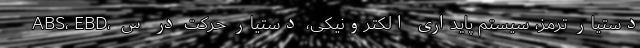
ABS، EBD، دستیار ترمز، سیستم پایداری الکترونیکی، دستیار حرکت در س